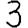
Digit: 3